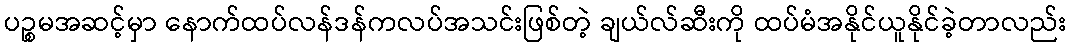
ပဉ္စမအဆင့်မှာ နောက်ထပ်လန်ဒန်ကလပ်အသင်းဖြစ်တဲ့ ချယ်လ်ဆီးကို ထပ်မံအနိုင်ယူနိုင်ခဲ့တာလည်း